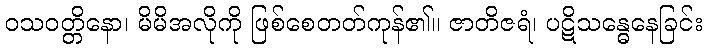
ဝသဝတ္တိနော၊ မိမိအလိုကို ဖြစ်စေတတ်ကုန်၏။ ဇာတိဇရံ၊ ပဋိသန္ဓေနေခြင်း